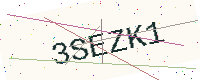
Text: 3SEZK1